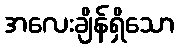
အလေးချိန်ရှိသော